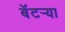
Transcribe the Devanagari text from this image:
बॅटर्‍या